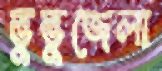
ভুভুজেলা